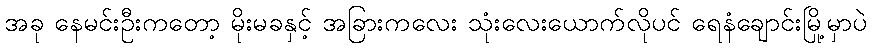
အခု နေမင်းဦးကတော့ မိုးမခနှင့် အခြားကလေး သုံးလေးယောက်လိုပင် ရေနံချောင်းမြို့မှာပဲ